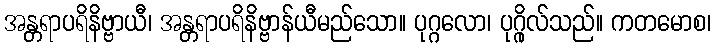
အန္တရာပရိနိဗ္ဗာယီ၊ အန္တရာပရိနိဗ္ဗာန်ယီမည်သော။ ပုဂ္ဂလော၊ ပုဂ္ဂိုလ်သည်။ ကတမောစ၊